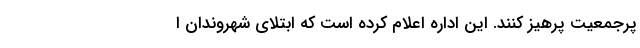
پرجمعیت پرهیز کنند. این اداره اعلام کرده است که ابتلای شهروندان ا